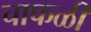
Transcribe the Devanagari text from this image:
चाफळी